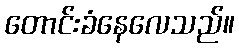
တောင်းခံနေလေသည်။